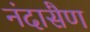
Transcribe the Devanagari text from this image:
नंदासैण